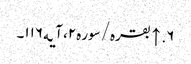
۶. ↑ بقره/سوره۲، آیه۱۱۶۔